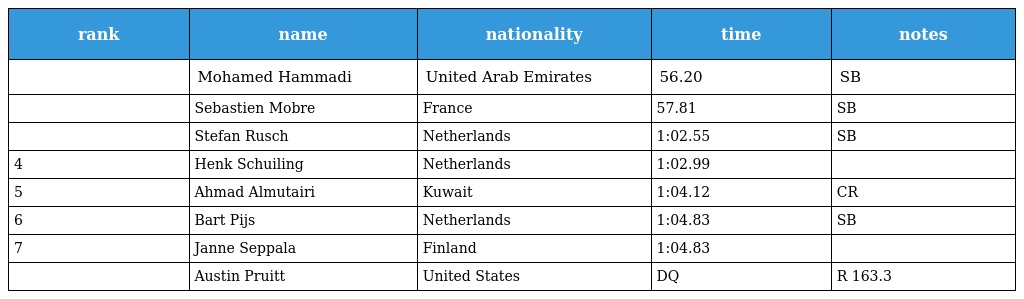
| rank | name | nationality | time | notes |
 | --- | --- | --- | --- | --- |
 |  | Mohamed Hammadi | United Arab Emirates | 56.20 | SB |
 |  | Sebastien Mobre | France | 57.81 | SB |
 |  | Stefan Rusch | Netherlands | 1:02.55 | SB |
 | 4 | Henk Schuiling | Netherlands | 1:02.99 |  |
 | 5 | Ahmad Almutairi | Kuwait | 1:04.12 | CR |
 | 6 | Bart Pijs | Netherlands | 1:04.83 | SB |
 | 7 | Janne Seppala | Finland | 1:04.83 |  |
 |  | Austin Pruitt | United States | DQ | R 163.3 |